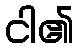
ငါ၏